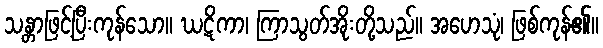
သန္တာဖြင့်ပြီးကုန်သော။ ဃဋိကာ၊ ကြာသွတ်အိုးတို့သည်။ အဟေသုံ၊ ဖြစ်ကုန်၏။